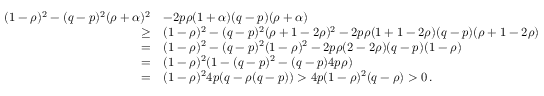
\begin{array} { r l } { ( 1 - \rho ) ^ { 2 } - ( q - p ) ^ { 2 } ( \rho + \alpha ) ^ { 2 } } & { - 2 p \rho ( 1 + \alpha ) ( q - p ) ( \rho + \alpha ) } \\ { \ge } & { ( 1 - \rho ) ^ { 2 } - ( q - p ) ^ { 2 } ( \rho + 1 - 2 \rho ) ^ { 2 } - 2 p \rho ( 1 + 1 - 2 \rho ) ( q - p ) ( \rho + 1 - 2 \rho ) } \\ { = } & { ( 1 - \rho ) ^ { 2 } - ( q - p ) ^ { 2 } ( 1 - \rho ) ^ { 2 } - 2 p \rho ( 2 - 2 \rho ) ( q - p ) ( 1 - \rho ) } \\ { = } & { ( 1 - \rho ) ^ { 2 } ( 1 - ( q - p ) ^ { 2 } - ( q - p ) 4 p \rho ) } \\ { = } & { ( 1 - \rho ) ^ { 2 } 4 p ( q - \rho ( q - p ) ) > 4 p ( 1 - \rho ) ^ { 2 } ( q - \rho ) > 0 \, . } \end{array}